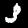
Digit: 3